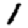
Digit: 1